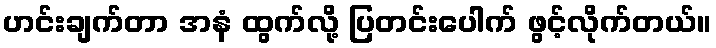
ဟင်းချက်တာ အနံ ထွက်လို့ ပြတင်းပေါက် ဖွင့်လိုက်တယ်။